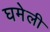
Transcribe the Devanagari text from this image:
घमेली